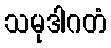
သမုဒါဂတံ